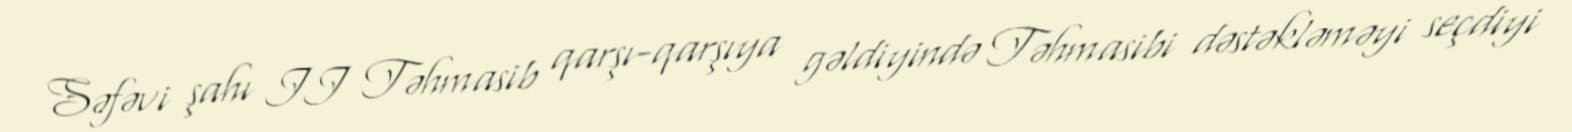
Səfəvi şahı II Təhmasib qarşı-qarşıya gəldiyində Təhmasibi dəstəkləməyi seçdiyi